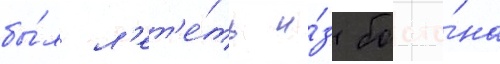
бы́л л'ет'е́ть и́з босто́на